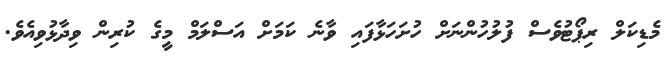
މެޑިކަލް ރިޕޯޓުވެސް ފުލުހުންނަށް ހުށަހަޅާފައި ވާނެ ކަމަށް އަސްލަމް މީގެ ކުރިން ވިދާޅުވިއެވެ.